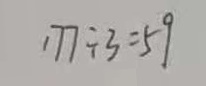
1 7 7 \div 3 = 5 9